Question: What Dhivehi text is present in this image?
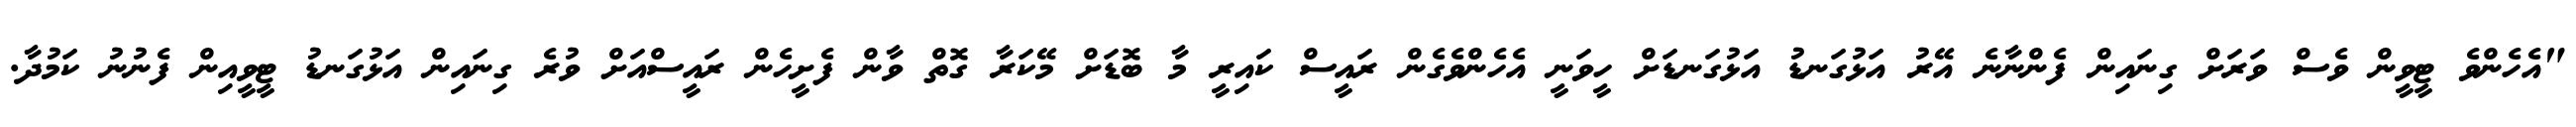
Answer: "އެހެންވެ ޓީވީން ވެސް ވަރަށް ގިނައިން ފެންނާނެ އޭރު އަޅުގަނޑު އަޅުގަނޑަށް ހީވަނީ އެހެންވެގެން ރައީސް ކައިރީ މާ ބޮޑަށް މޭކަރާ ގޮތް ވާން ފެށީހެން ރައީސްއަށް ވުރެ ގިނައިން އަޅުގަނޑު ޓީވީއިން ފެނުނު ކަމުދާ.